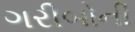
ગરીબોની